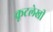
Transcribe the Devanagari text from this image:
कूटलेखी